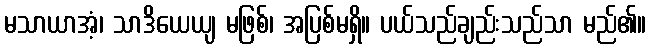
မသာယာအံ့၊ သာဒိယေယျ မဖြစ်၊ အပြစ်မရှိ။ ပယ်သည်ချည်းသည်သာ မည်၏။